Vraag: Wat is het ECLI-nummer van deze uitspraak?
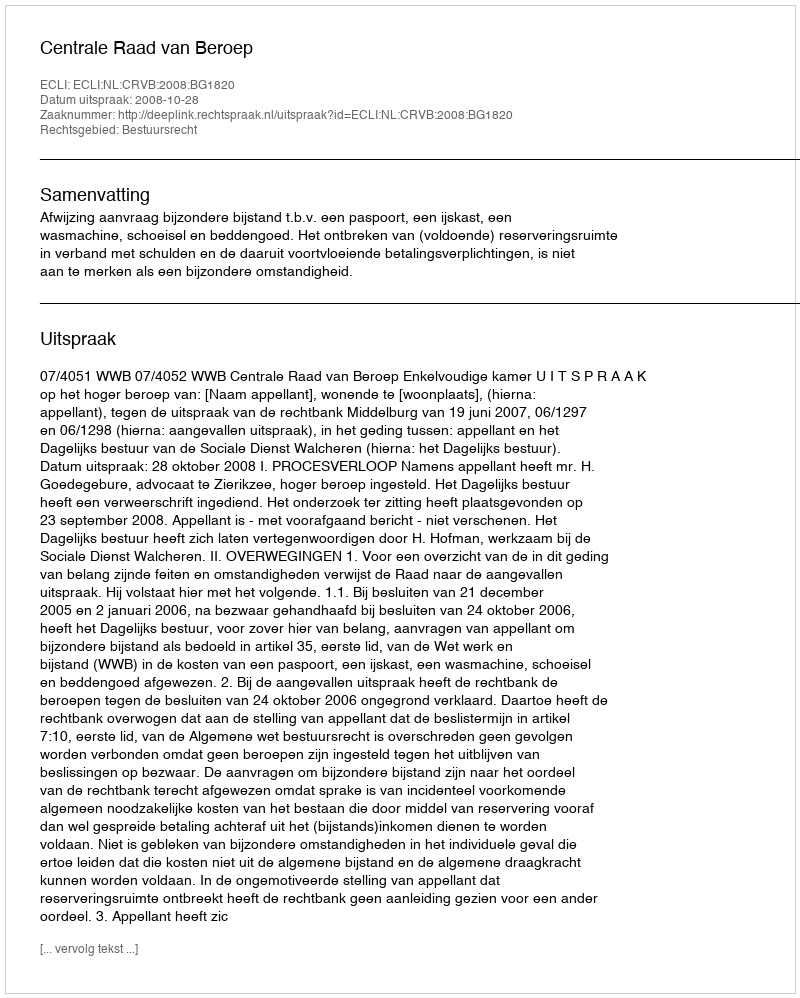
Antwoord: ECLI:NL:CRVB:2008:BG1820